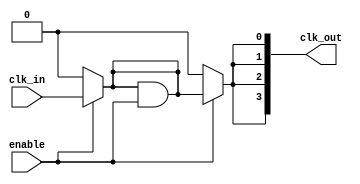
module LowPowerClockBuffer (
    input wire clk_in,          // Clock input
    input wire enable,          // Enable signal for the buffer
    output wire [N-1:0] clk_out // Multiple buffered clock outputs
);
    parameter N = 4;            // Number of clock outputs
    parameter THRESHOLD = 1;    // Threshold for power gating
    
    // Internal signals
    wire clk_stage1;
    wire clk_stage2;
    wire clk_stage3;
    wire clk_stage4;

    // Stage 1: Buffering with inverters
    generate
        genvar i;
        for (i = 0; i < N; i = i + 1) begin : buffer_stages
            if (i == 0) begin
                // First stage: directly drive from input
                assign clk_stage1 = enable ? clk_in : 1'b0; // Power gating
            end else begin
                // Subsequent stages: buffer the previous stage
                assign clk_stage1 = (clk_stage1 & enable) | (1'b0 & ~enable); // Simple clock gating
            end

            // Buffering logic for each output
            assign clk_out[i] = (enable) ? clk_stage1 : 1'b0; // Output only when enabled
        end
    endgenerate

    // Stage 2: Additional buffering with pass-gates
    assign clk_stage2 = (clk_stage1) ? ~clk_stage1 : clk_stage1;

    // Stage 3: Series resistance and capacitance for signal integrity
    wire clk_stage3_r;
    assign clk_stage3_r = clk_stage2; // Placeholder for series resistance
    assign clk_stage3 = clk_stage3_r; // Placeholder for capacitance

    // Stage 4: Final buffer stage with hysteresis
    wire clk_stage4_hyst;
    assign clk_stage4_hyst = (clk_stage3) ? 1'b1 : 1'b0; // Simple hysteresis implementation
    assign clk_stage4 = clk_stage4_hyst;

endmodule